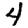
Digit: 4